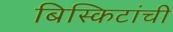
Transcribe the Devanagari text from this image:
बिस्किटांची